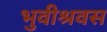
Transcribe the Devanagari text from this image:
भुवीश्रवस